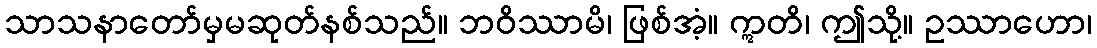
သာသနာတော်မှမဆုတ်နစ်သည်။ ဘဝိဿာမိ၊ ဖြစ်အံ့။ ဣတိ၊ ဤသို့။ ဥဿာဟော၊